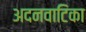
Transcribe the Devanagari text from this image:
अदनवाटिका